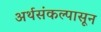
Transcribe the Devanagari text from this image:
अर्थसंकल्पासून